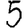
Digit: 5